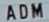
ADM